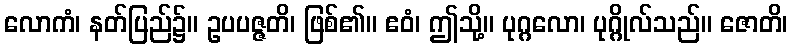
လောကံ၊ နတ်ပြည်၌။ ဥပပဇ္ဇတိ၊ ဖြစ်၏။ ဧဝံ၊ ဤသို့။ ပုဂ္ဂလော၊ ပုဂ္ဂိုလ်သည်။ ဇောတိ၊